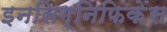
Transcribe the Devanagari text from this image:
इनसिग्निफिकेंस